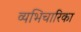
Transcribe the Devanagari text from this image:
व्यभिचारिका